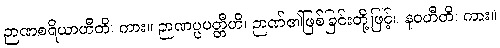
ဉာဏစရိယာဟီတိ၊ ကား။ ဉာဏပ္ပပတ္တီဟိ၊ ဉာဏ်၏ဖြစ်ခြင်းတို့ဖြင့်။ နဝဟီတိ၊ ကား။